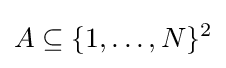
A\subseteq \{1,\ldots ,N\}^{2}